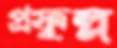
প্রফুল্ল